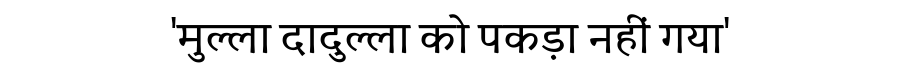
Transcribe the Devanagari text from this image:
'मुल्ला दादुल्ला को पकड़ा नहीं गया'